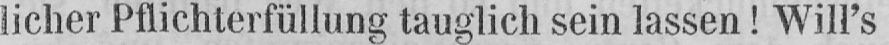
licher Pflichterfüllung tauglich sein lassen! Will’s